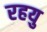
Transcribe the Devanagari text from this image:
रहयु